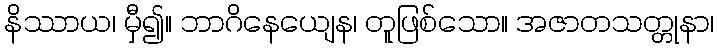
နိဿာယ၊ မှီ၍။ ဘာဂိနေယျေန၊ တူဖြစ်သော။ အဇာတသတ္တုနာ၊